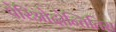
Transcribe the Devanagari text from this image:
पेरिओदोन्तितिस